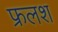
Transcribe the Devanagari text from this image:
फ्रलश